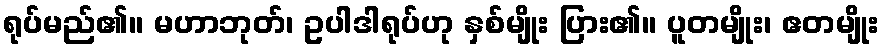
ရုပ်မည်၏။ မဟာဘုတ်၊ ဥပါဒါရုပ်ဟု နှစ်မျိုး ပြား၏။ ပူတမျိုး၊ ဧတမျိုး